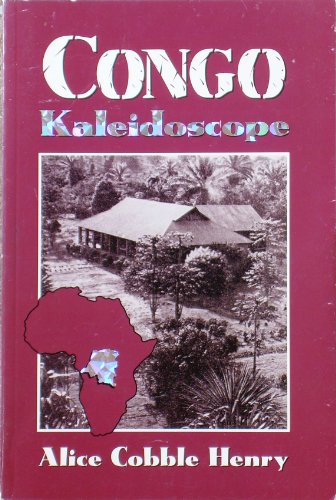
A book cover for Congo kaleidoscope; Alice Cobble Henry; Travel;